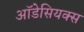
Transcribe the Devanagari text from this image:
ऑडेसियक्स